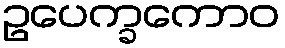
ဥပေက္ခကောဝ